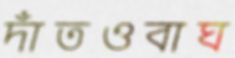
দাঁতওবাঘ